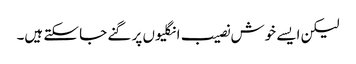
لیکن ایسے خوش نصیب انگلیوں پر گنے جا سکتے ہیں۔